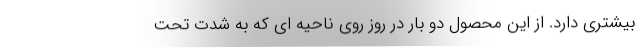
بیشتری دارد. از این محصول دو بار در روز روی ناحیه ای که به شدت تحت